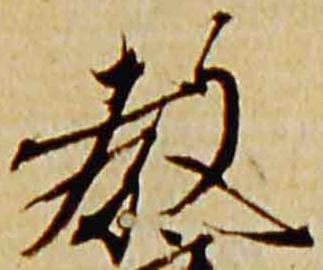
教